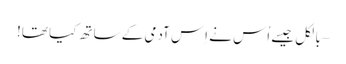
– بالکل جیسے اُس نے اِس آدمی کے ساتھ کیا تھا!